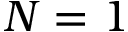
N = 1